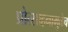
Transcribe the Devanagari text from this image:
प्रोत्साहनामुळेच